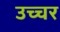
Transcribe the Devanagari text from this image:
उच्चर